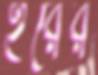
হরের